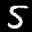
Label: 5